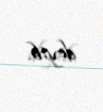
deyib.